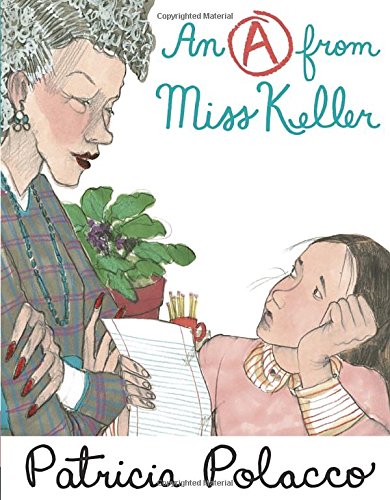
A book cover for An A From Miss Keller; Patricia Polacco; Children's Books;